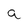
Character: a